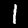
Digit: 1